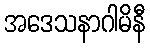
အဒေသနာဂါမိနီ